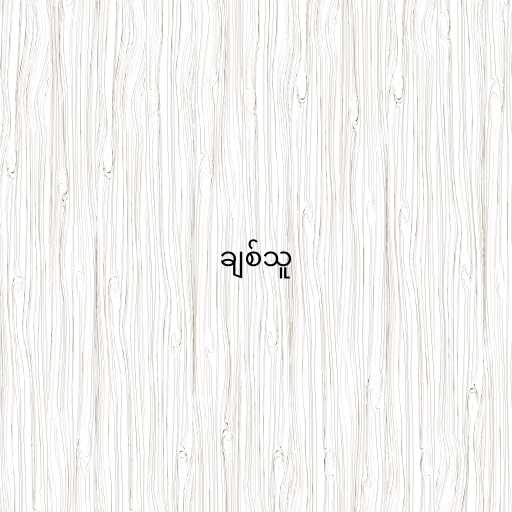
ချစ်သူ